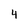
Character: 4